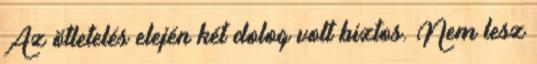
Az ötletelés elején két dolog volt biztos. Nem lesz